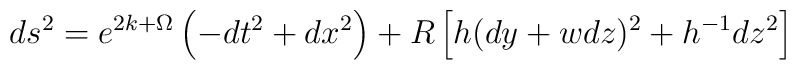
ds^2 =e^{2k +\Omega} \left( -dt^2 +dx^2 \right)+R \left[ h (dy + w dz)^2 +h^{-1} dz^2 \right]